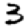
Digit: 3